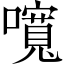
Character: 𡂷